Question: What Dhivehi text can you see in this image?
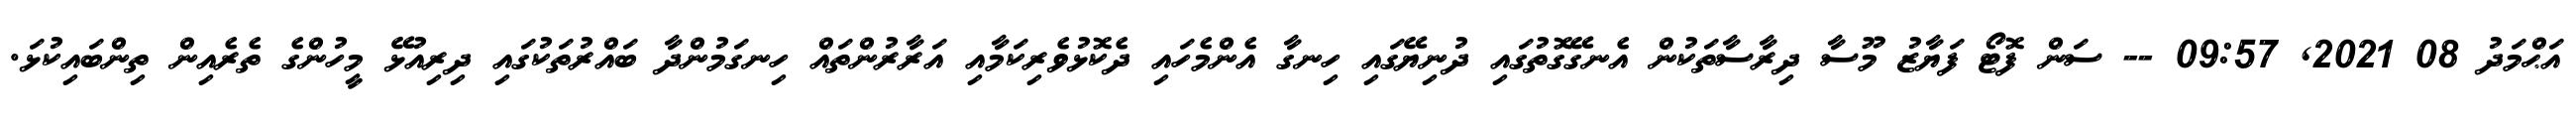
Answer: އަޙްމަދު 08 2021, 09:57 -- ސަން ފޮޓޯ ފަޔާޒު މޫސާ ދިރާސާތަކުން އެނގޭގޮތުގައި ދުނިޔޭގައި ހިނގާ އެންމެހައި ދެކޮޅުވެރިކަމާއި އަރާރުންތައް ހިނގަމުންދާ ބައްރުތަކުގައި ދިރިއުޅޭ މީހުންގެ ތެރެއިން ތިންބައިކުޅަ.